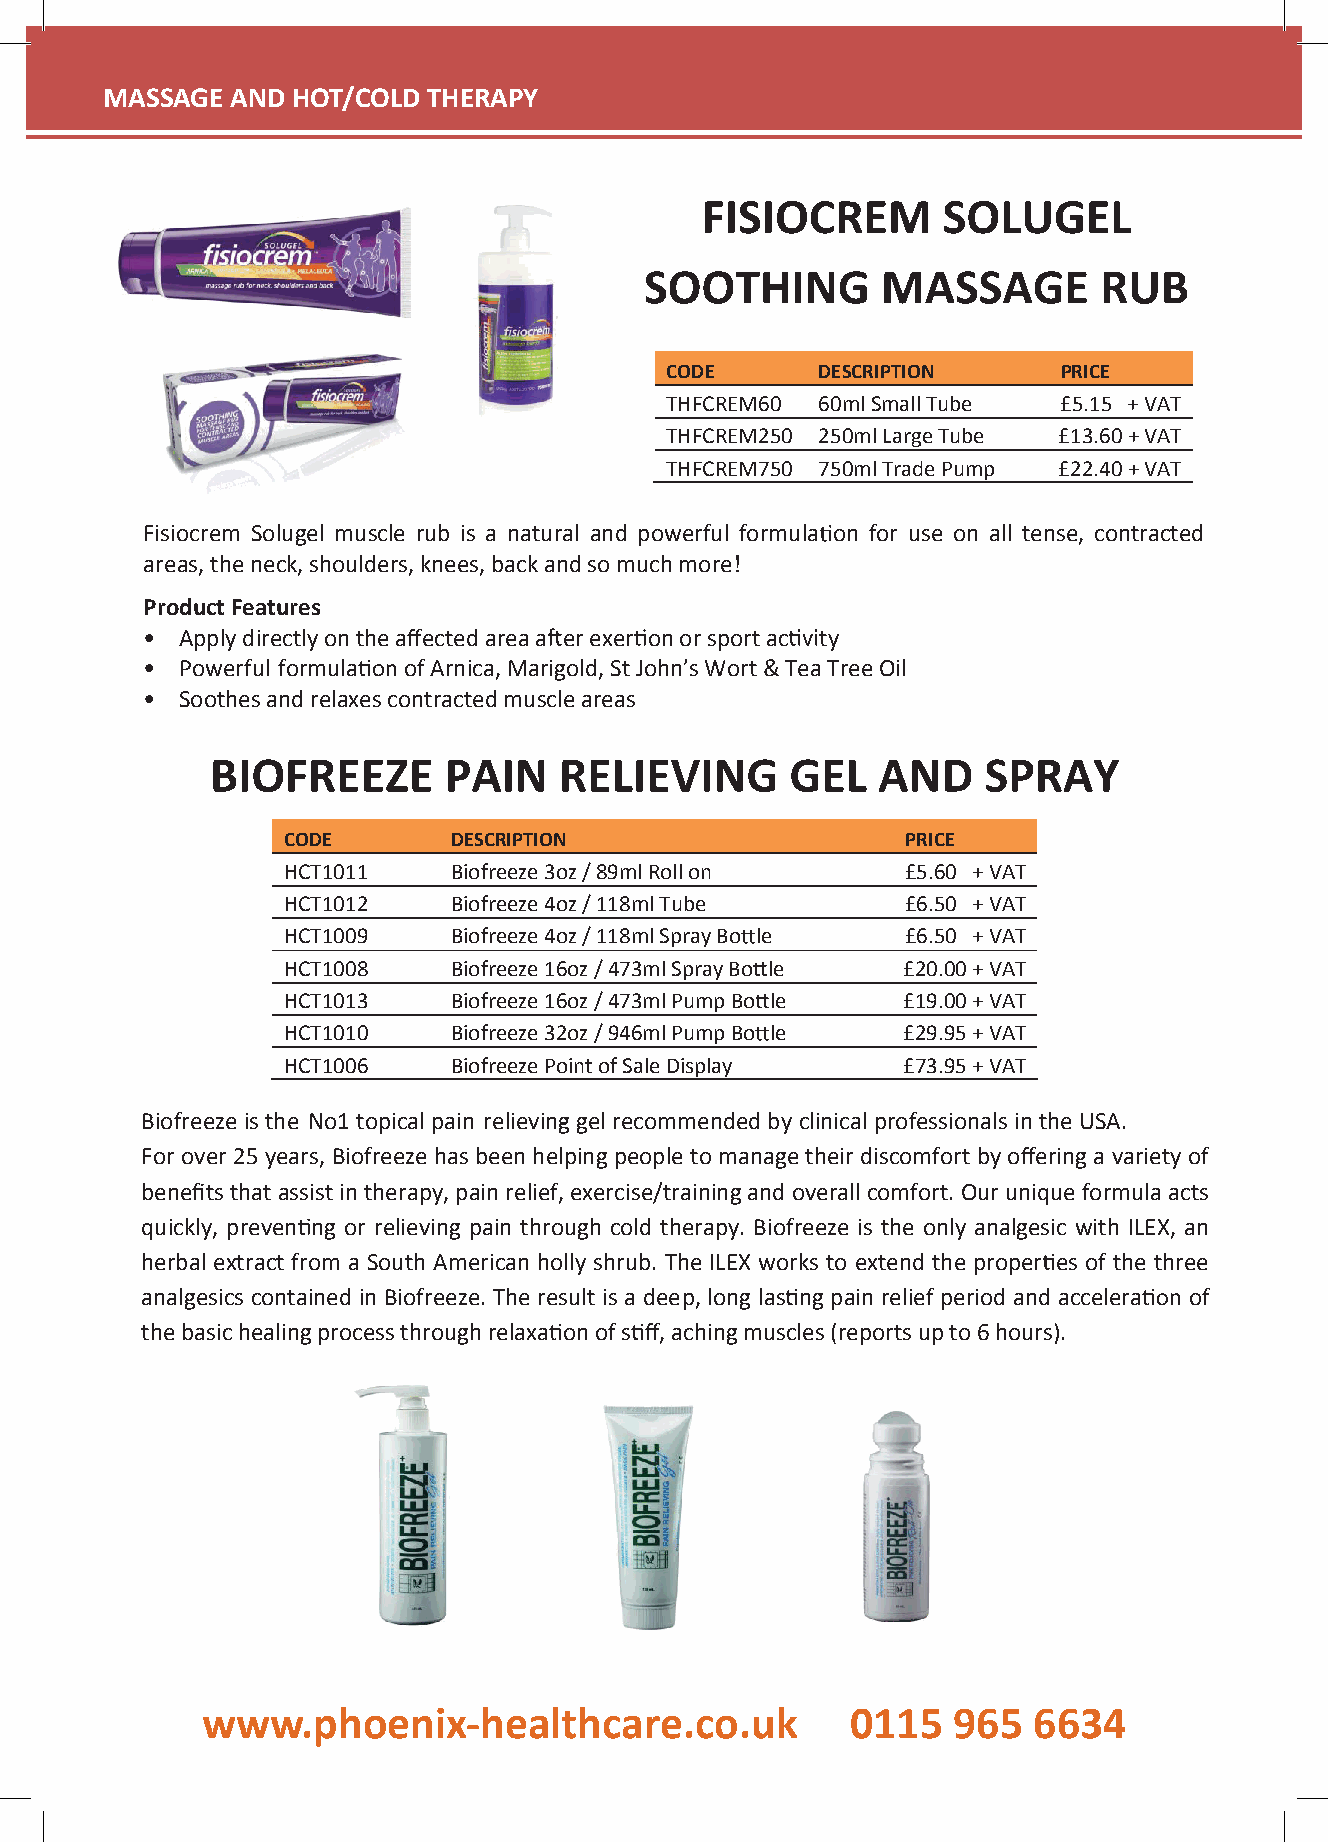
MMMASAASSSASSGAAEGG AEE NAADNNDDH OHHTOO/TTC//OCCLOODLL DDTH TTEHHREEARRPAAYPP YY
 FISIOCREM       SOLUGEL
 SOOTHING       MASSAGE        RUB
 CODE      DESCRIPTION     PRICE
 THFCREM60 60ml SmallTube  £5.15 +VAT
 THFCREM250 250mlLargeTube £13.60+ VAT
 THFCREM750 750mlTradePump £22.40+ VAT
 Fisiocrem Solugel muscle rub is a natural and powerful formula on for use on all tense, contracted
 areas,theneck,shoulders, knees,backandsomuchmore!
 ProductFeatures
 •  Applydirectlyontheaffectedareaa erexer onorsportac ty
 •  Powerful formula ofArnica,Marigold,StJohn’s Wort&TeaTreeOil
 •  Soothesandrelaxescontractedmuscleareas
 BIOFREEZE      PAIN    RELIEVING      GEL   AND    SPRAY
 CODE       DESCRIPTION                   PRICE
 HCT1011    Biofreeze3oz/89ml Rollon      £5.60 +VAT
 HCT1012    Biofreeze4oz/118ml Tube       £6.50 +VAT
 HCT1009    Biofreeze4oz/118ml SprayBo le £6.50 +VAT
 HCT1008    Biofreeze16oz/473ml SprayBo le £20.00+ VAT
 HCT1013    Biofreeze16oz/473mlPumpBo le  £19.00+ VAT
 HCT1010    Biofreeze32oz/946mlPumpBo le  £29.95+VAT
 HCT1006    BiofreezePointof SaleDisplay  £73.95+ VAT
 Biofreezeisthe No1topicalpain relieving- gelrecommendedby clinicalprofessionalsintheUSA.
 For over25 years,Biofreeze hasbeen helpingpeople to managetheirdiscomfort byoffering avariety of
 benefitsthatassistintherapy,painrelief,exercise/trainingandoverallcomfort.Ouruniqueformulaacts
 quickly, preven ng or relieving pain through cold therapy. Biofreeze is the only analgesic with ILEX, an
 herbal extract from a South American holly shrub. The ILEX works to extend the proper es of the three
 analgesics contained in Biofreeze. The result is a deep, long las ng pain relief period and accelera of
 thebasichealingprocessthroughrelaxa onofs ff,achingmuscles(reportsupto6hours).
 wwwwww..pphhooeenniixx--hheeaalltthhccaarree..ccoo..uukk 00111155 996655 66663344
 www.phoenix-healthcare.co.uk                0115   965  6634